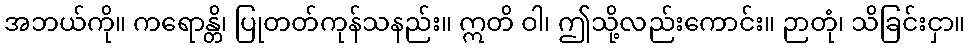
အဘယ်ကို။ ကရောန္တိ၊ ပြုတတ်ကုန်သနည်း။ ဣတိ ဝါ၊ ဤသို့လည်းကောင်း။ ဉာတုံ၊ သိခြင်းငှာ။